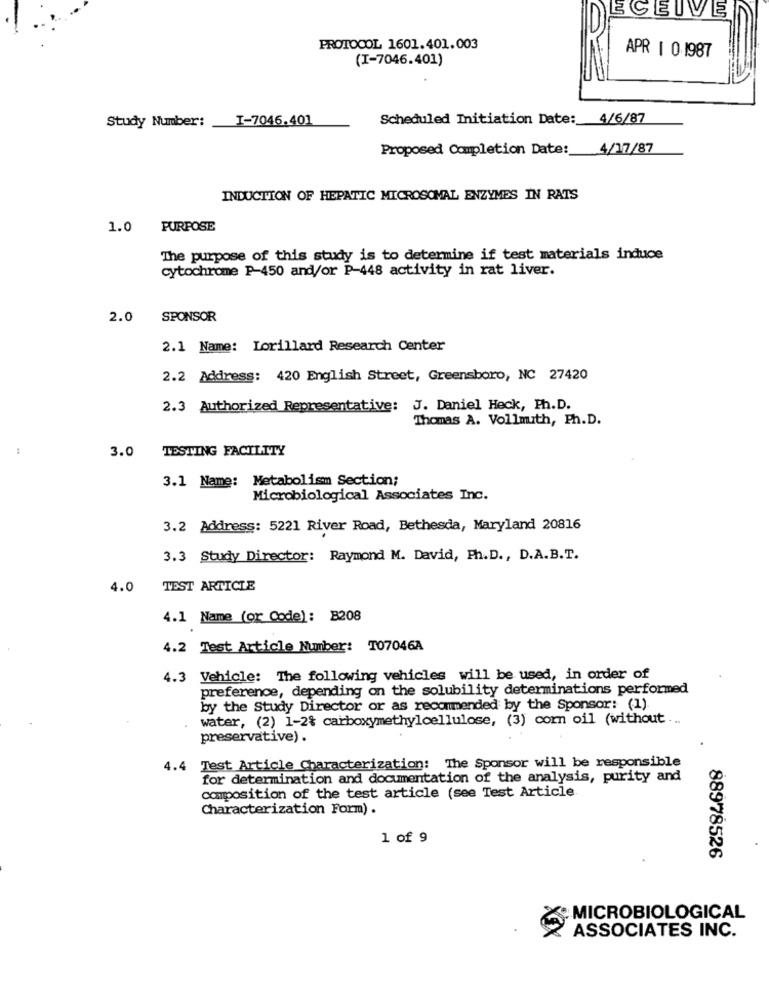
ECEIVE
PROTOCOL 1601.401.003
(I-7046.401)
APR 1 0 1987
Study Number:
I-7046.401
Scheduled Initiation Date: 4/6/87
Proposed Completion Date: 4/17/87
INDUCTION OF HEPATIC MICROSOMAL ENZYMES IN RATS
1.0 PURPOSE
The purpose of this study is to determine if test materials induce
cytochrome P-450 and/or P-448 activity in rat liver.
2.0
SPONSOR
2.1 Name: Lorillard Research Center
2.2 Address: 420 English Street, Greensboro, NC 27420
2.3 Authorized Representative: J. Daniel Heck, Ph.D.
Thomas A. Vollmuth, Ph.D.
:
3.0 TESTING FACILITY
3.1 Name: Metabolism Section;
Microbiological Associates Inc.
3.2 Address: 5221 River Road, Bethesda, Maryland 20816
3.3 Study Director: Raymond M. David, Ph.D ., D.A.B.T.
4.0
TEST ARTICLE
4.1 Name (or Code): B208
4.2 Test Article Number: T07046A
4.3 Vehicle: The following vehicles will be used, in order of
preference, depending on the solubility determinations performed
by the Study Director or as recommended by the Sponsor: (1)
water, (2) 1-2% carboxymethylcellulose, (3) corn oil (without ...
preservative) .
4.4 Test Article Characterization: The Sponsor will be responsible
for determination and documentation of the analysis, purity and
composition of the test article (see Test Article
Characterization Form) .
1 of 9
88978526
MICROBIOLOGICAL
ASSOCIATES INC.